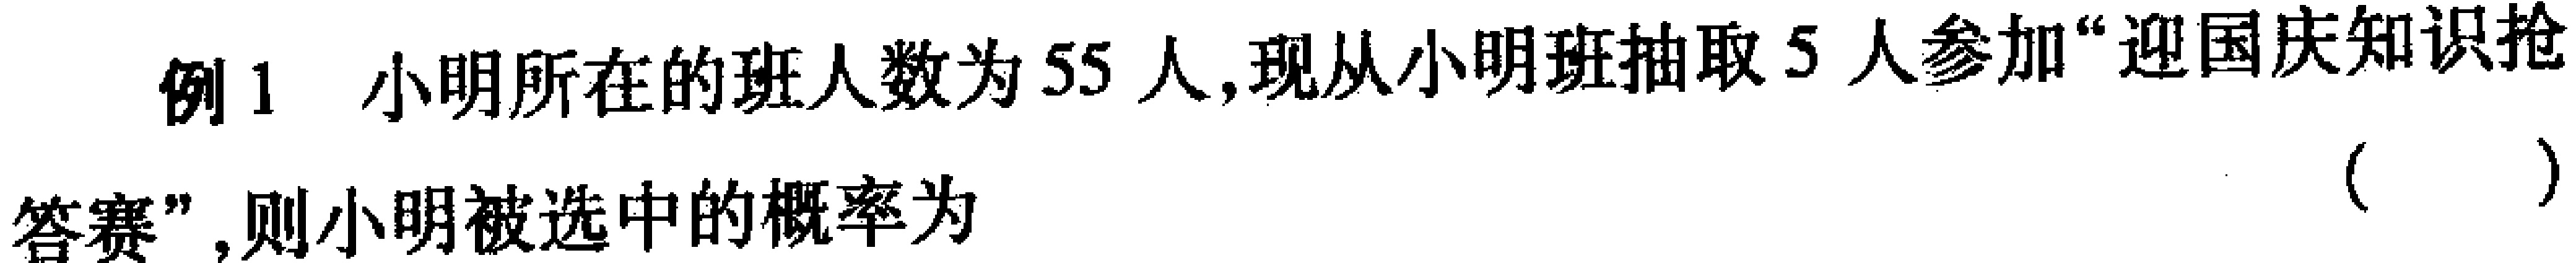
例1 小明所在的班人数为55人,现从小明班抽取5人参加“迎国庆知识抢答赛”,则小明被选中的概率为（  ）